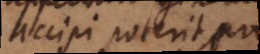
accipi poterit, pro